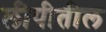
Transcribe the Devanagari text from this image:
लीपीतील